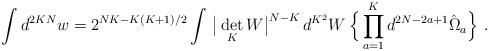
LaTeX: \begin{align*}\int d^{2KN}w=2^{NK-K(K+1)/2}\int\,\big|\det_{K}W\big|^{N-K}\,d^{K^2}W\,\Big\{\prod_{a=1}^Kd^{2N-2a+1}\hat\Omega_a\Big\}\ .\end{align*}